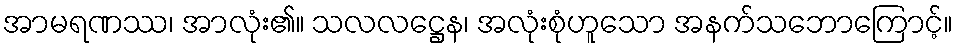
အာမရဏဿ၊ အာလုံး၏။ သလလဋ္ဌေန၊ အလုံးစုံဟူသော အနက်သဘောကြောင့်။